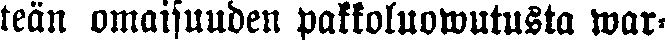
teän omaisuuden pakkoluowutusta war-